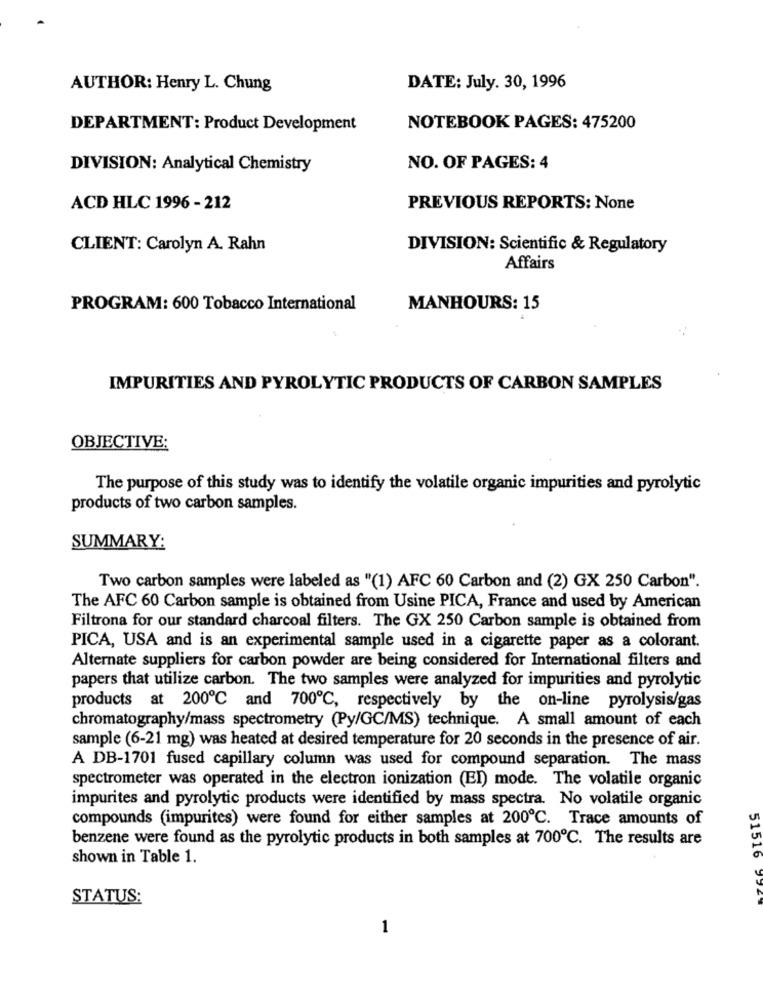
AUTHOR: Henry L. Chung
DATE: July. 30, 1996
DEPARTMENT: Product Development
NOTEBOOK PAGES: 475200
DIVISION: Analytical Chemistry
NO. OF PAGES: 4
ACD HLC 1996 - 212
PREVIOUS REPORTS: None
CLIENT: Carolyn A. Rahn
DIVISION: Scientific & Regulatory
Affairs
PROGRAM: 600 Tobacco International
MANHOURS: 15
IMPURITIES AND PYROLYTIC PRODUCTS OF CARBON SAMPLES
OBJECTIVE:
The purpose of this study was to identify the volatile organic impurities and pyrolytic
products of two carbon samples.
SUMMARY:
Two carbon samples were labeled as "(1) AFC 60 Carbon and (2) GX 250 Carbon".
The AFC 60 Carbon sample is obtained from Usine PICA, France and used by American
Filtrona for our standard charcoal filters. The GX 250 Carbon sample is obtained from
PICA, USA and is an experimental sample used in a cigarette paper as a colorant.
Alternate suppliers for carbon powder are being considered for International filters and
papers that utilize carbon. The two samples were analyzed for impurities and pyrolytic
products at 200℃ and 700℃, respectively by the on-line pyrolysis/gas
chromatography/mass spectrometry (Py/GC/MS) technique. A small amount of each
sample (6-21 mg) was heated at desired temperature for 20 seconds in the presence of air.
A DB-1701 fused capillary column was used for compound separation. The mass
spectrometer was operated in the electron ionization (EI) mode. The volatile organic
impurites and pyrolytic products were identified by mass spectra. No volatile organic
compounds (impurites) were found for either samples at 200℃. Trace amounts of
benzene were found as the pyrolytic products in both samples at 700℃. The results are
shown in Table 1.
51516
STATUS:
1